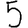
Digit: 5